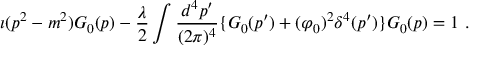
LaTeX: \imath ( p ^ { 2 } - m ^ { 2 } ) G _ { 0 } ( p ) - \frac { \lambda } { 2 } \int \frac { d ^ { 4 } p ^ { \prime } } { ( 2 \pi ) ^ { 4 } } \{ G _ { 0 } ( p ^ { \prime } ) + ( \varphi _ { 0 } ) ^ { 2 } \delta ^ { 4 } ( p ^ { \prime } ) \} G _ { 0 } ( p ) = 1 \ .